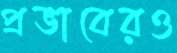
প্রভাবেরও